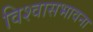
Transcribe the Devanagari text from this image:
विश्वासभावना